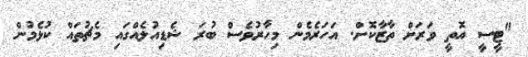
"ޓީސީ އޮތީ ވަރަށް ތާޒާކޮށް. އަހަރެމެން މިހާރުވެސް ބުރަ ޝެޑިއުލެއްގައި މެޗުތައް ކުޅެމުން